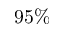
9 5 \%